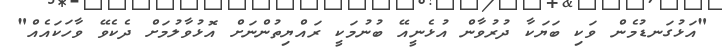
"އަޅުގަނޑުމެން ވަކި ބަޔަކާ ދުރުވާން އުޅެނީއޭ ބުނުމަކީ ރައްޔިތުންނަށް އޮޅުވާލުމަށް ދެކެވޭ ވާހަކައެއް"